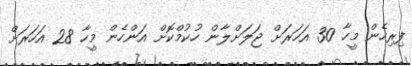
ފިރިހެން މީހާ 30 އަހަރަށް ޖަލަށްލާން ހުކުމްކޮށް އަންހެން މީހާ 28 އަހަރަށް